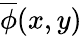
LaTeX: \overline{{\phi}}(x,y)